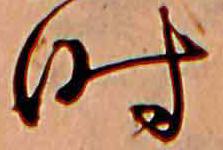
時